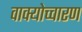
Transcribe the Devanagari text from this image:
वाक्योच्चारण